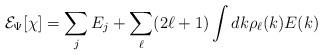
LaTeX: \begin{align*}{\cal E}_\Psi[\chi] = \sum_j E_j + \sum_\ell (2\ell +1) \int dk \rho_\ell(k) E(k)\end{align*}